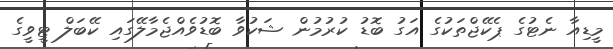
މީޑިއާ ނެޓުގެ ޕެކޭޖްތަކުގެ އަގު ބޮޑު ކުރުމުން ޝަކުވާ ބޮޑުވެއްޖެމާލޭގައި ކޭބަލް ޓީވީގެ